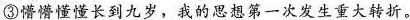
③懵懵懂懂长到九岁，我的思想第一次发生重大转折。